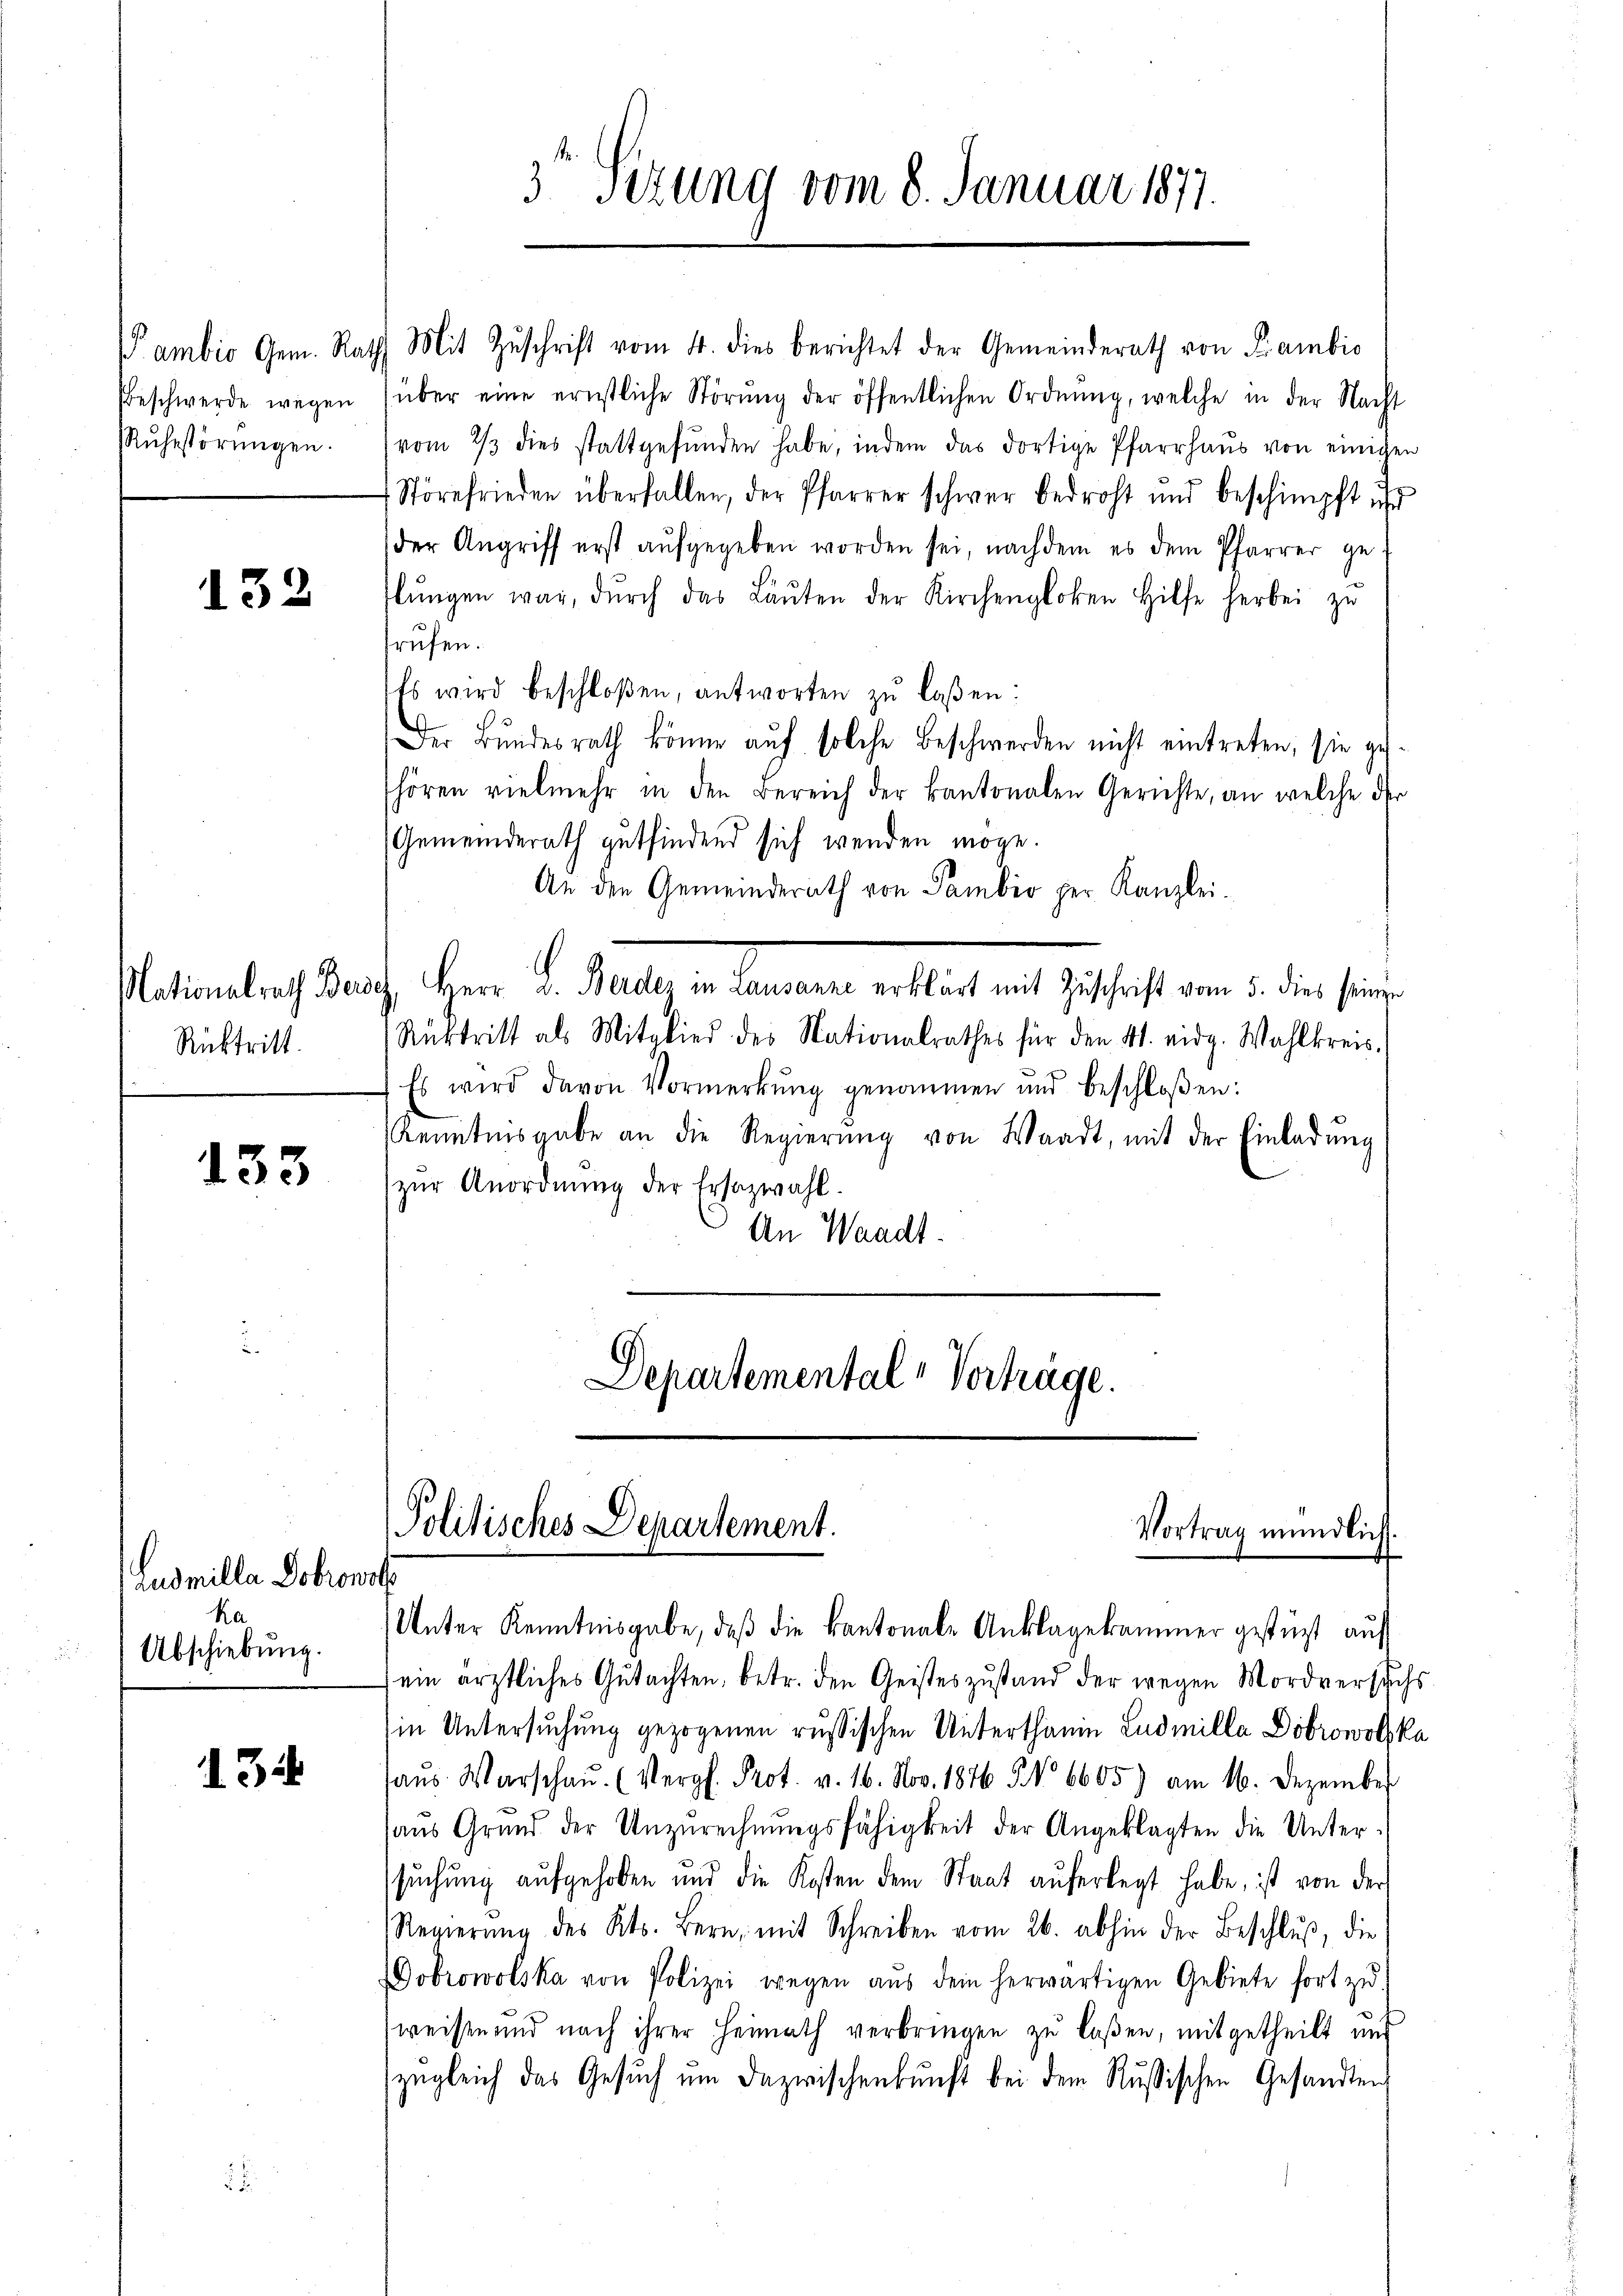
Beschwerde wegen
Rŭhestörungen.

132

Nationalrath Beri
Rücktritt.

133

Ludmilla Dobronst
ka
Abschiebung.

34

3 Sitzung vom 8. Januar 1877.

Pambio Gem. Rath Mit Zŭschrift vom 4. dies berichtet der Gemeinderath von Kambis
über eine ernstliche Störŭng der öffentlichen Ordnŭng, welche in der Nacht
vom 2/3 dies stattgefŭnden habe, indem das dortige Pfarrhaŭs von einigen
Störefrieden überfallen, der Pfarrer schwer bedroht und beschimpft ihr
der Angriff erst aŭfgegeben worden sei, nachdem es dem Pfarrer geflŭngen war, dŭrch das Laŭten der Kirchengloken Hilfe herbei zu
frufen.
Es wird beschloßen, antworten zŭ lassen:
Der Bundesrath könne auf solche Beschwerden nicht eintreten, sie gehören vielmehr in den Bereich der kantonalen Gerichte, an welche der
Gemeinderath gutfindend sich wenden möge.
An den Gemeinderath von Sambio per Kanzlei-
c, Herr D. Beider in Lausanne erklärt mit Zuschrift vom 5. dies seinen
Rücktritt als Mitglied des Nationalrathes für den 41. eidg. Wahlkreis.
Es wird davon Vormerkŭng genommen und beschloßen:
Kenntnisgabe an die Regierŭng von Waadt, mit der Einladŭng
zŭr Anordnŭng der Ersazwahl.
An Waadt.
Departemental - Vertrage.

Politisches Departement.
Vortrag mündlich.
Unter Kenntnisgabe, daß die kantonale Anklagekammer gestüzt auf

ein ärztliches Gutachten, betr. den Geisteszustand der wegen Mordversuchs
in Untersuchung gezogenen russischen Unterthanin Ludmilla Dobrowolzka
aŭs. Warschaŭ (Vergl. Prot. v. 16. Nov. 1876 § 6605) am 16. Dezember
aŭs Grund der Unzurechnŭngsfähigkeit der Angeklagten die Unter-
suchung aufgehoben und die Kosten dem Staat auferlegt habe, ist von der
Regierŭng des Kts. Bern, mit Schreiben vom 26. abhin der Beschlŭβ, die
Dobrowolska von Polizei wegen aŭs dem herwärtigen Gebiete fort zŭ
weisen und nach ihrer Heimath verbringen zu laßen, mitgetheilt und
zugleich das Gesŭch ŭm dazwischenkunft bei dem Russischen Gesandten